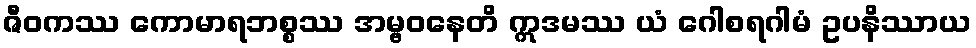
ဇီဝကဿ ကောမာရဘစ္စဿ အမ္ဗဝနေတိ ဣဒမဿ ယံ ဂေါစရဂါမံ ဥပနိဿာယ